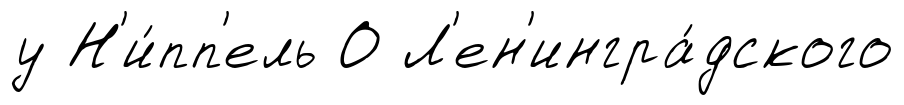
у Н'и́пп'ель О Л'ен'ингра́дского